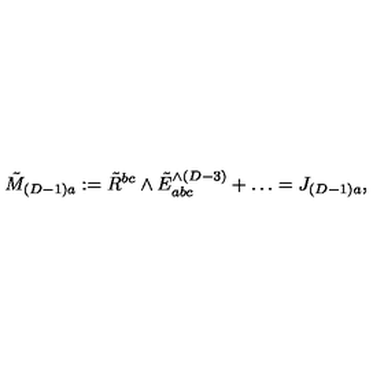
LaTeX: \tilde { M } _ { ( D - 1 ) a } : = \tilde { R } ^ { b c } \wedge \tilde { E } _ { a b c } ^ { \wedge ( D - 3 ) } + \ldots = J _ { ( D - 1 ) a } ,